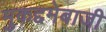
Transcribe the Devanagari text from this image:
मुकद्दमेबाजी